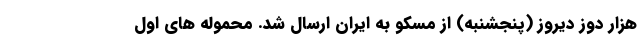
هزار دوز دیروز (پنجشنبه) از مسکو به ایران ارسال شد. محموله های اول